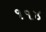
૧૧૪